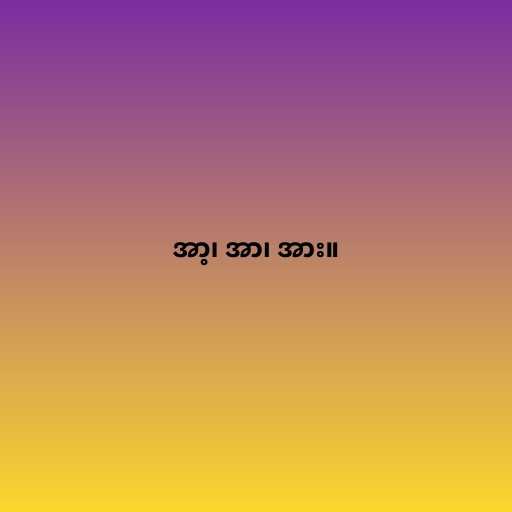
အာ့၊ အာ၊ အား။